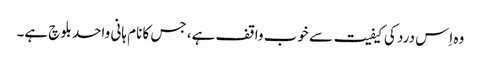
وہ اِس درد کی کیفیت سے خوب واقف ہے، جس کا نام ہانی واحد بلوچ ہے۔